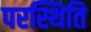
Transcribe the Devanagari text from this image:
परस्थिति